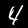
Digit: 4